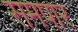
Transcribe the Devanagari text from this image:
समपार